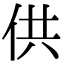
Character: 供